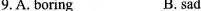
9.A. Boring B. sad